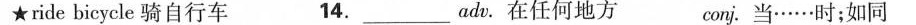
★ride bicycle骑自行车 14.__adv.在任何地方 conj.当……时；如同